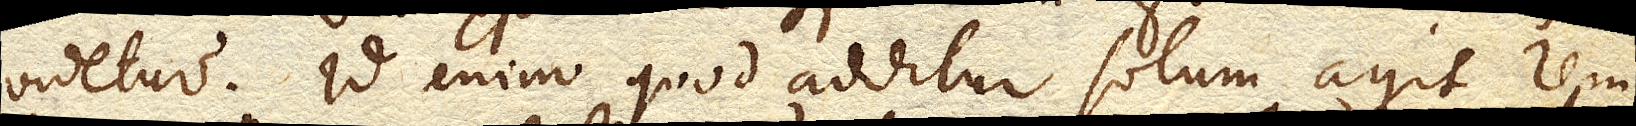
videtur. Id enim quod additur solum agit, rem